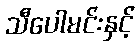
သီပေါမင်းနှင့်